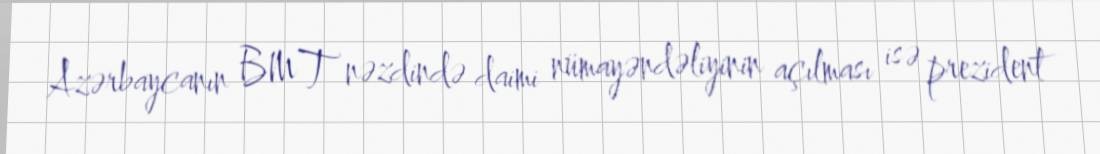
Azərbaycanın BMT nəzdində daimi nümayəndəliyinin açılması isə prezident